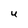
Character: U